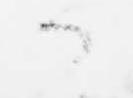
か